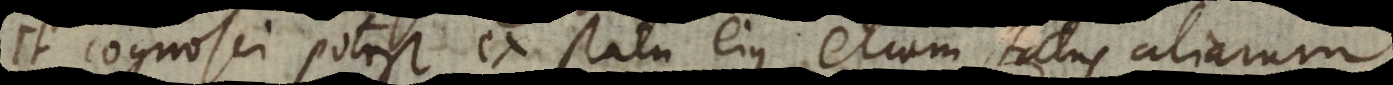
et cognosci potest ex statu ejus etiam status aliarum